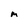
Character: M